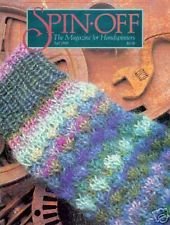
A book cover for Handspinning: The Magazine For Handspinners, Vol. 13, No. 3 (1989); Crafts, Hobbies & Home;